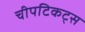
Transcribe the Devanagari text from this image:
चीपटिकट्स